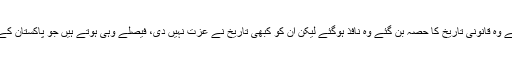
جو فیصلے ہو گئے وہ قانونی تاریخ کا حصہ بن گئے وہ نافذ ہوگئے لیکن ان کو کبھی تاریخ نے عزت نہیں دی، فیصلے وہی ہوتے ہیں جو پاکستان کے عوام کرتے ہیں۔